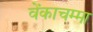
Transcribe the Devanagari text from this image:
वेंकाचम्मा